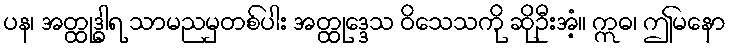
ပန၊ အတ္ထုဒ္ဓါရ သာမညမှတစ်ပါး အတ္ထုဒ္ဒေသ ဝိသေသကို ဆိုဦးအံ့။ ဣဓ၊ ဤမနော